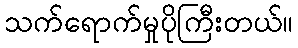
သက်ရောက်မှုပိုကြီးတယ်။